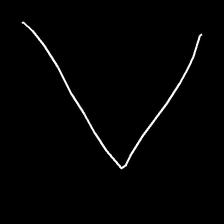
Glyph: region